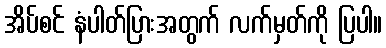
အိပ်စင် နံပါတ်ပြားအတွက် လက်မှတ်ကို ပြပါ။